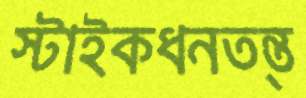
স্টাইকধনতন্ত্